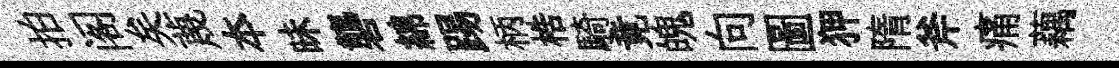
拍阁矣蔑夲昧礱綿踢柄梏騎竟魄向圖狎隋斧痛藕